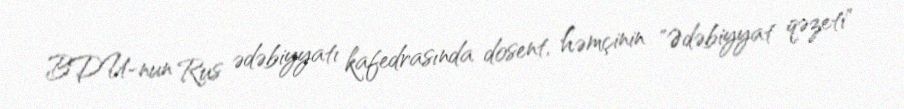
BDU-nun Rus ədəbiyyatı kafedrasında dosent, həmçinin "Ədəbiyyat qəzeti"